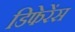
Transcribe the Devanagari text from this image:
डिफेरेंस